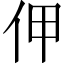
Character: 𠇺